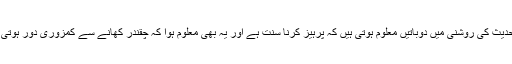
اس حدیث کی روشنی میں دوباتیں معلوم ہوتی ہیں کہ پرہیز کرنا سنت ہے اور یہ بھی معلوم ہوا کہ چقندر کھانے سے کمزوری دور ہوتی ہے۔